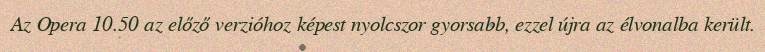
Az Opera 10.50 az előző verzióhoz képest nyolcszor gyorsabb, ezzel újra az élvonalba került.